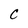
Character: C